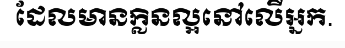
ដែលមានក្លិនល្អនៅលើអ្នក.